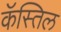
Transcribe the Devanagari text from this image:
कॅस्तिल